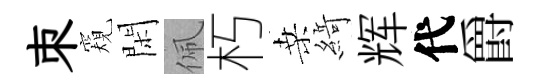
朿窺閑佩朽桑𦂶辉代爵